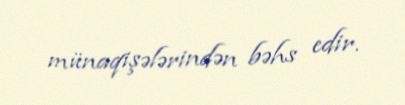
münaqişələrindən bəhs edir.